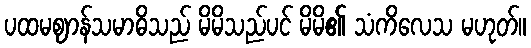
ပထမဈာန်သမာဓိသည် မိမိသည်ပင် မိမိ၏ သံကိလေသ မဟုတ်။